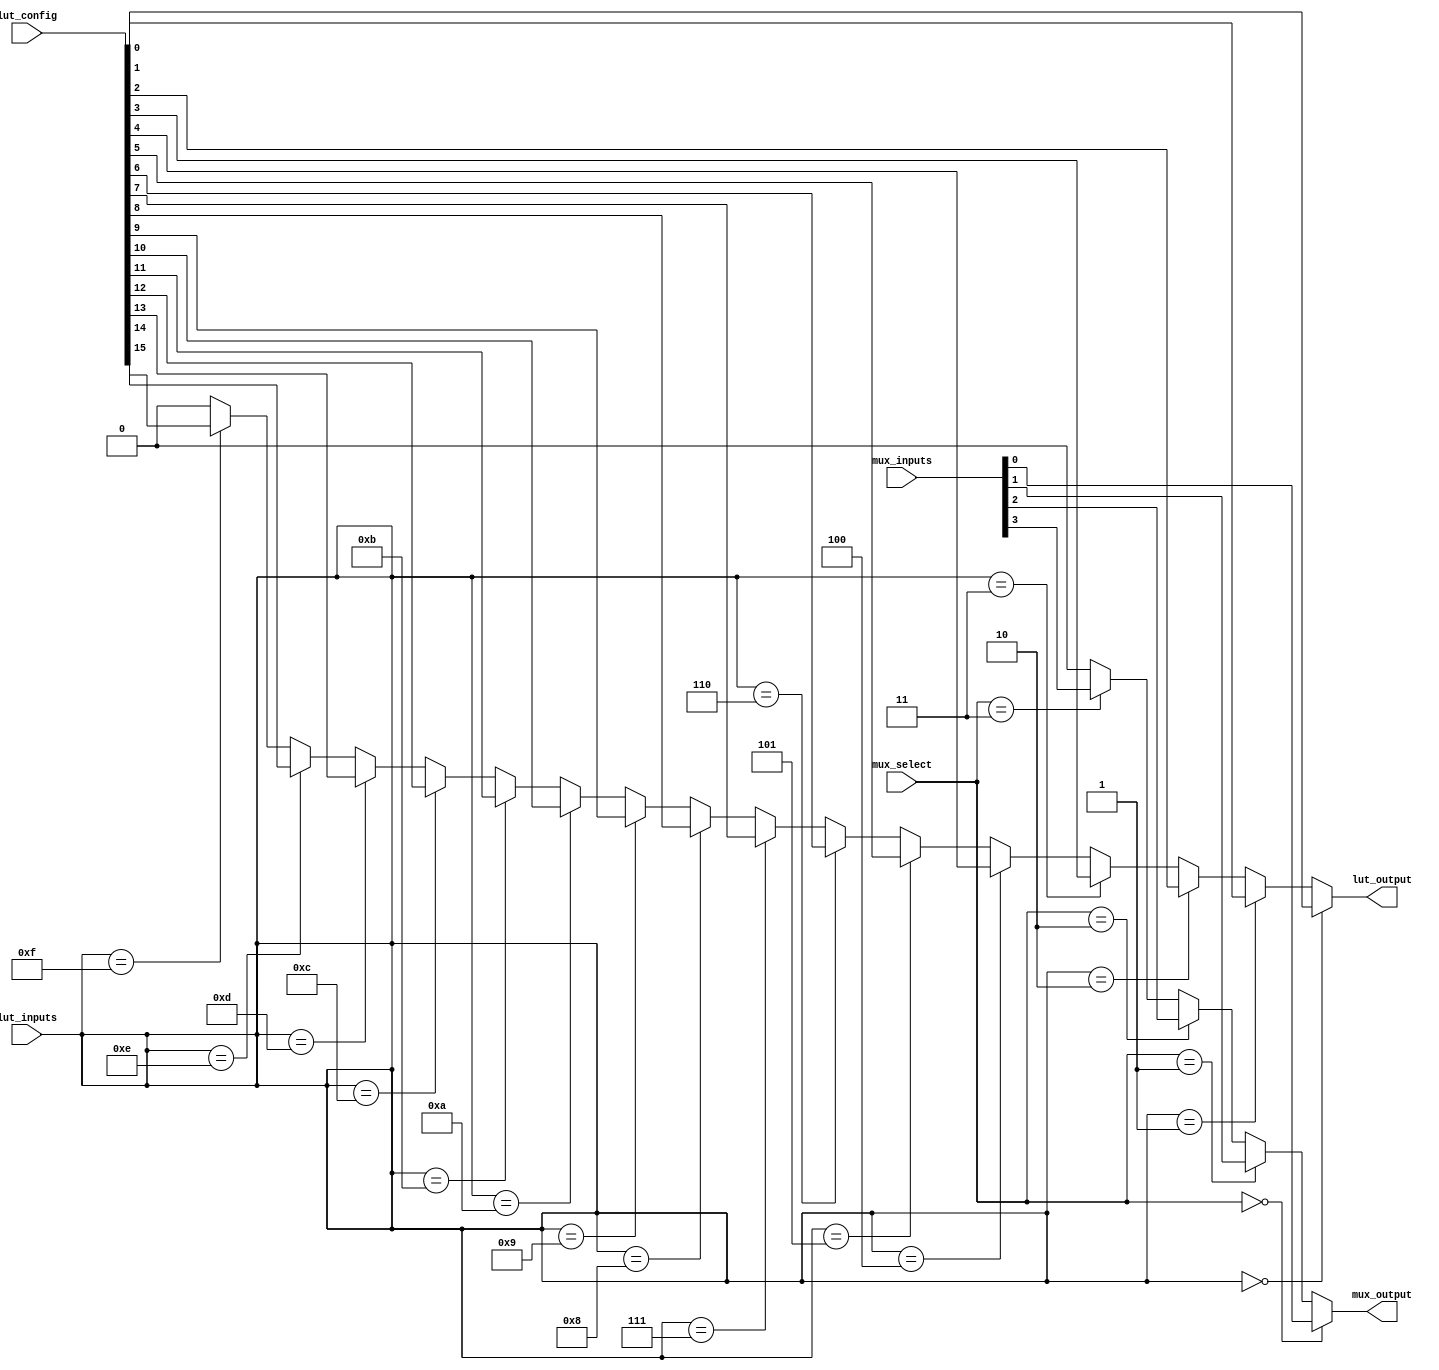
module clb (
    input wire [3:0] lut_inputs, // Inputs to the LUT (4 inputs)
    input wire [15:0] lut_config, // Configuration bits for LUT (16 combinations for 4 inputs)
    input wire [1:0] mux_select, // MUX select signal to choose between outputs
    input wire [3:0] mux_inputs, // Inputs to the MUX
    output wire lut_output, // Output from the LUT
    output wire mux_output // Output from the MUX
);

// LUT implementation
wire [3:0] lut_output_internal;

// LUT functionality based on configuration
assign lut_output_internal = (lut_inputs == 4'b0000) ? lut_config[0] :
                             (lut_inputs == 4'b0001) ? lut_config[1] :
                             (lut_inputs == 4'b0010) ? lut_config[2] :
                             (lut_inputs == 4'b0011) ? lut_config[3] :
                             (lut_inputs == 4'b0100) ? lut_config[4] :
                             (lut_inputs == 4'b0101) ? lut_config[5] :
                             (lut_inputs == 4'b0110) ? lut_config[6] :
                             (lut_inputs == 4'b0111) ? lut_config[7] :
                             (lut_inputs == 4'b1000) ? lut_config[8] :
                             (lut_inputs == 4'b1001) ? lut_config[9] :
                             (lut_inputs == 4'b1010) ? lut_config[10] :
                             (lut_inputs == 4'b1011) ? lut_config[11] :
                             (lut_inputs == 4'b1100) ? lut_config[12] :
                             (lut_inputs == 4'b1101) ? lut_config[13] :
                             (lut_inputs == 4'b1110) ? lut_config[14] :
                             (lut_inputs == 4'b1111) ? lut_config[15] : 1'b0;

// Output from the LUT
assign lut_output = lut_output_internal;

// MUX implementation
assign mux_output = (mux_select == 2'b00) ? mux_inputs[0] :
                    (mux_select == 2'b01) ? mux_inputs[1] :
                    (mux_select == 2'b10) ? mux_inputs[2] :
                    (mux_select == 2'b11) ? mux_inputs[3] : 1'b0;

endmodule